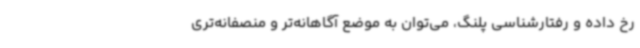
رخ داده و رفتارشناسی پلنگ، می‌توان به موضع آگاهانه‌تر و منصفانه‌تری